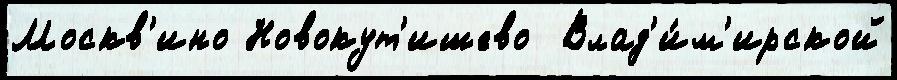
Москв'ино Новокут'ишево  Влад'и́м'ирской